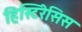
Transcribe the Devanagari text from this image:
हिस्टिरेसिस